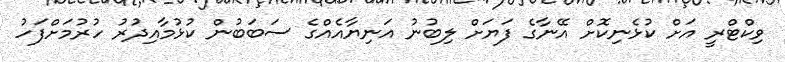
ވިކްޓްރީ އަށް ކުޅެނިކޮށް އޭނާގެ ފަޔަށް ލިބުނު އަނިޔާއެއްގެ ސަބަބުން ކުޅުމާއިދުރު ހުރުމަށްފަހު